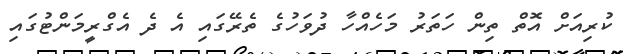
ކުރިއަށް އޮތް ތިން ހަތަރު މަހެއްހާ ދުވަހުގެ ތެރޭގައި އެ ދެ އެގްރީމަންޓުގައި